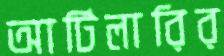
আর্টিলারির